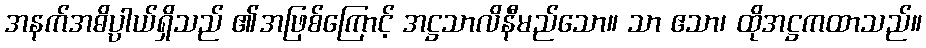
အနက်အဓိပ္ပါယ်ရှိသည် ၏အဖြစ်ကြောင့် အဋ္ဌသာလိနီမည်သော။ သာ ဧသာ၊ ထိုအဋ္ဌကထာသည်။